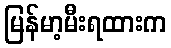
မြန်မာ့မီးရထားက